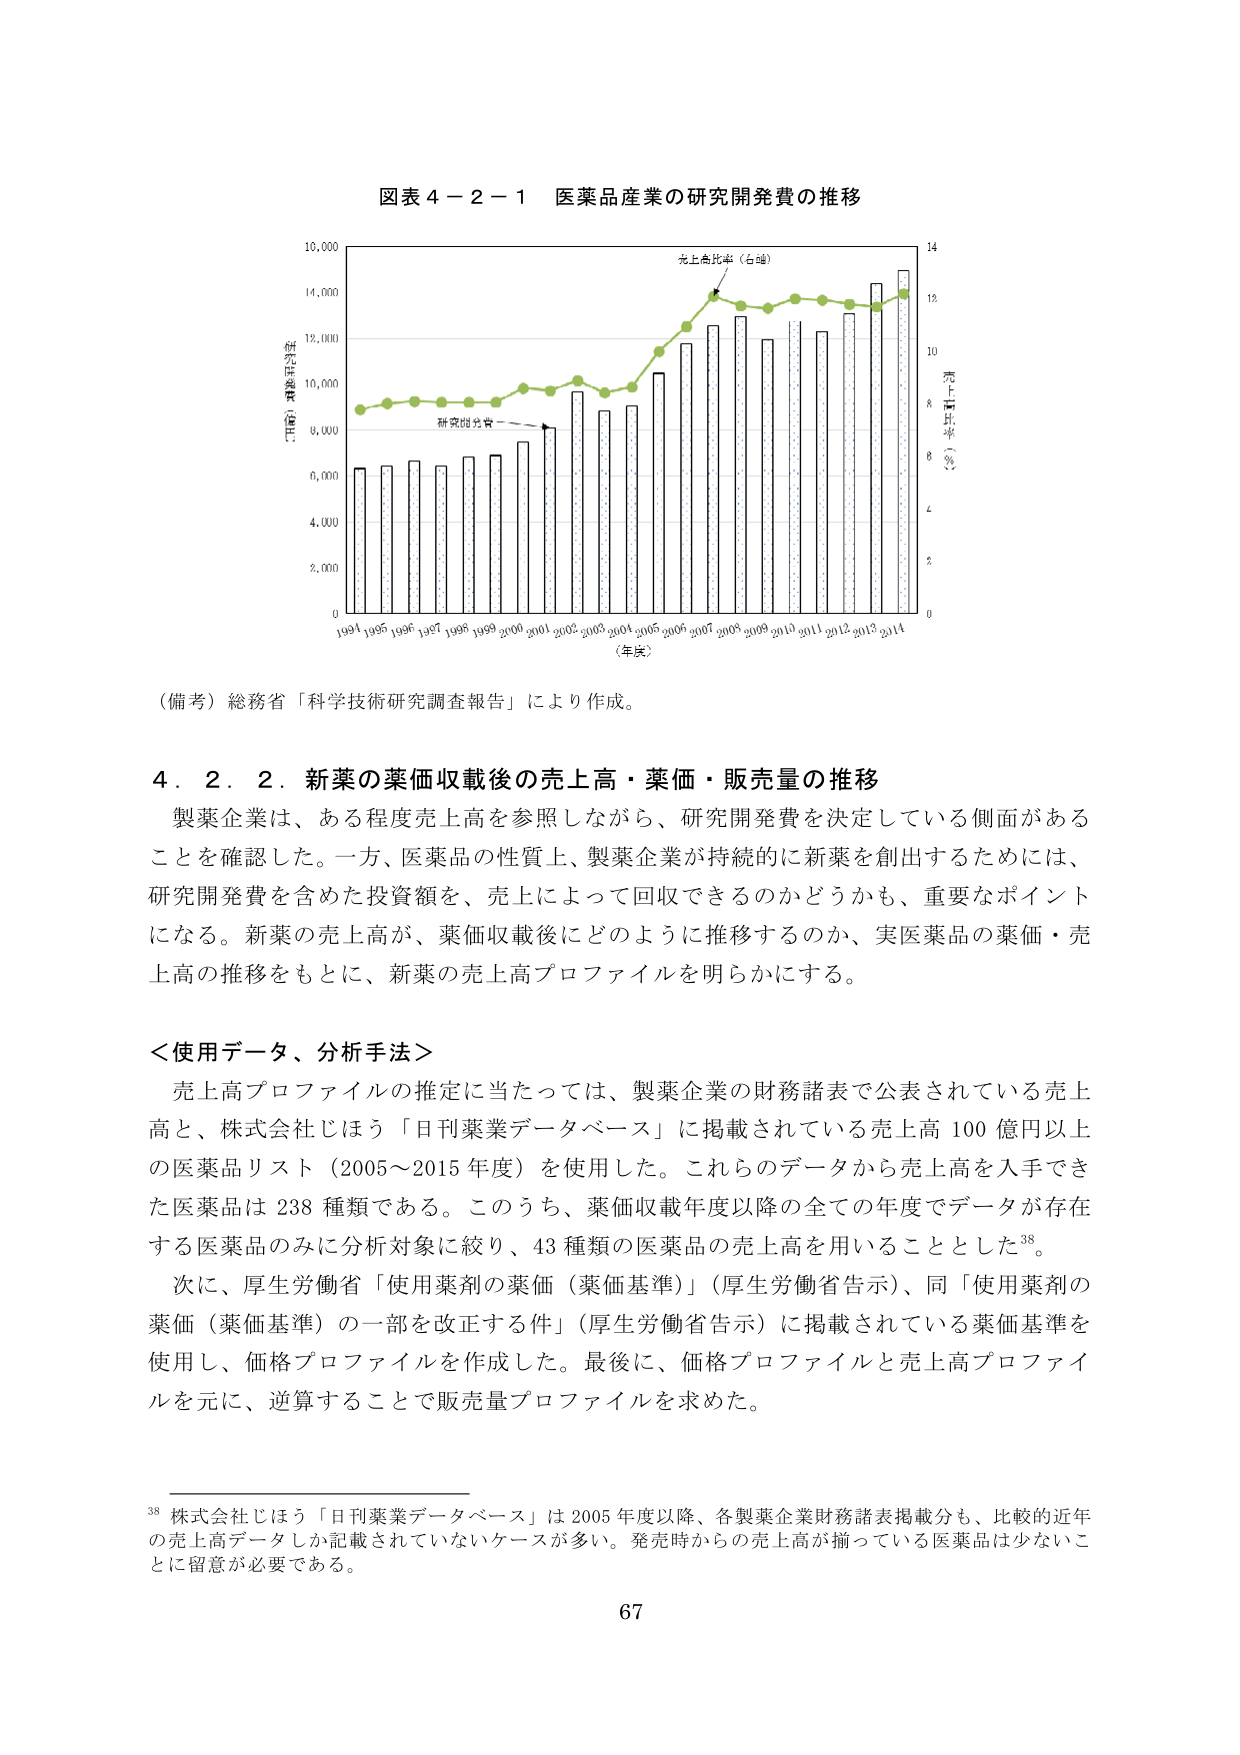
図表４－２－１ 医薬品産業の研究開発費の推移

（年次）
1994 1995 1996 1997 1998 1999 2000 2001 2002 2003 2004 2005 2006 2007 2008 2009 2010 2011 2012 2013 2014

（左軸）研究開発費（億円）
0
2,000
4,000
6,000
8,000
10,000
12,000
14,000
16,000

（右軸）売上高比率（％）
0
2
4
6
8
10
12
14

研究開発費
売上高比率（右軸）

（備考）総務省「科学技術研究調査報告」により作成。

４．２．２．新薬の薬価収載後の売上高・薬価・販売量の推移

製薬企業は、ある程度売上高を参照しながら、研究開発費を決定している側面があることを確認した。一方、医薬品の性質上、製薬企業が持続的に新薬を創出するためには、研究開発費を含めた投資額を、売上によって回収できるのかどうかも、重要なポイントになる。新薬の売上高が、薬価収載後にどのように推移するのか、実医薬品の薬価・売上高の推移をもとに、新薬の売上高プロファイルを明らかにする。

＜使用データ、分析手法＞

売上高プロファイルの推定に当たっては、製薬企業の財務諸表で公表されている売上高と、株式会社じほう「日刊薬業データベース」に掲載されている売上高100億円以上の医薬品リスト（2005～2015年度）を使用した。これらのデータから売上高を入手できた医薬品は238種類である。このうち、薬価収載年度以降の全ての年度でデータが存在する医薬品のみに分析対象に絞り、43種類の医薬品の売上高を用いることとした38。

次に、厚生労働省「使用薬剤の薬価（薬価基準）」（厚生労働省告示）、同「使用薬剤の薬価（薬価基準）の一部を改正する件」（厚生労働省告示）に掲載されている薬価基準を使用し、価格プロファイルを作成した。最後に、価格プロファイルと売上高プロファイルを元に、逆算することで販売量プロファイルを求めた。

38 株式会社じほう「日刊薬業データベース」は2005年度以降、各製薬企業財務諸表掲載分も、比較的近年の売上高データしか記載されていないケースが多い。発売時からの売上高が揃っている医薬品は少ないことに留意が必要である。

67